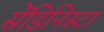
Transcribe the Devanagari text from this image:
सेंडिनिस्टा